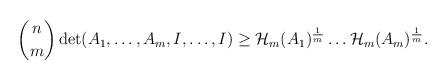
LaTeX: \begin{align*}\begin{aligned}\binom{n}{m}\det(A_1,\dots,A_m,I,\dots,I)\geq \mathcal{H}_m(A_1)^{\frac{1}{m}}\dots \mathcal{H}_m(A_m)^{\frac{1}{m}}.\end{aligned}\end{align*}